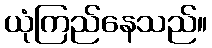
ယုံကြည်နေသည်။